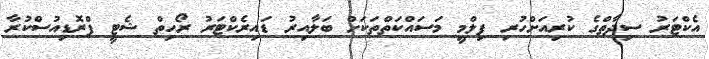
އެކްޓަރު ސިދާތްގެ ކުރިއަށްހުރި ފިލްމީ މަސައްކަތްތަކަށް ބަލާއިރު ޑައިރެކްޓަރު ރޯހިތް ޝެޓީ ޕްރޮޑިއުސްކުރާ